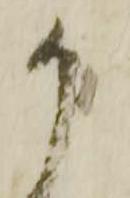
か